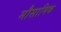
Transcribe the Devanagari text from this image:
मौसामिक